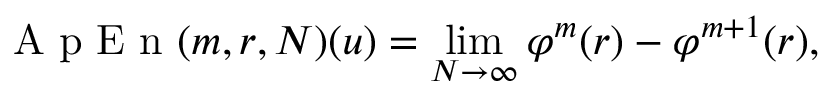
\mathrm { ~ A ~ p ~ E ~ n ~ } ( m , r , N ) ( u ) = \operatorname* { l i m } _ { N \rightarrow \infty } \varphi ^ { m } ( r ) - \varphi ^ { m + 1 } ( r ) ,